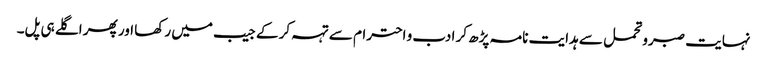
نہایت صبرو تحمل سے ہدایت نامہ پڑھ کر ادب و احترام سے تہہ کر کے جیب میں رکھا اور پھر اگلے ہی پل۔